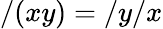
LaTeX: /(xy)=/y/x